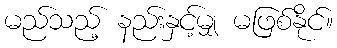
မည်သည့် နည်းနှင့်မျှ မဖြစ်နိုင်။